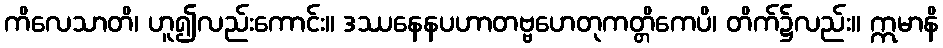
ကိလေသာတိ၊ ဟူ၍လည်းကောင်း။ ဒဿနေနပဟာတဗ္ဗဟေတုကတ္တိကေပိ၊ တိက်၌လည်း။ ဣမာနိ